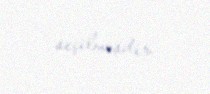
seçilmişdir.